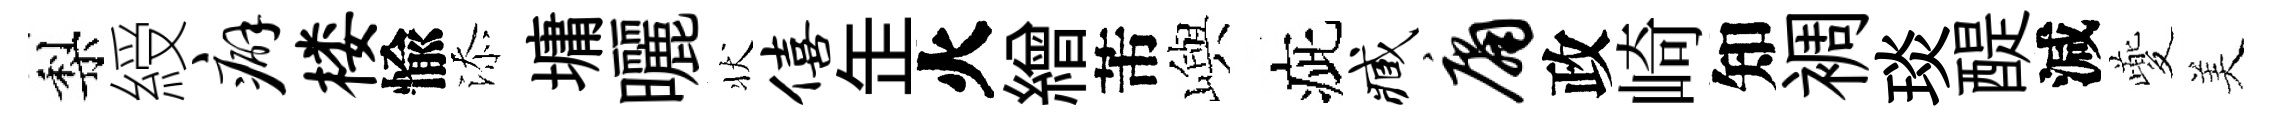
梨綬癖楼愉添墉曬状僖𦈢火繒芾嶼疵臧庸政崎知裯琰醍減夔美